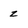
Character: z